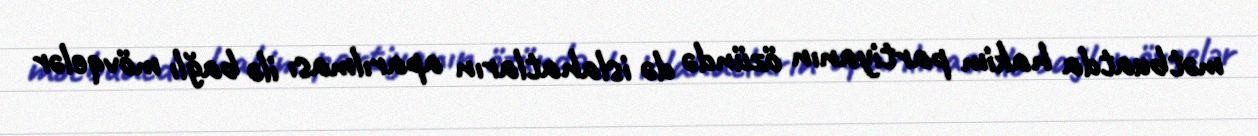
mətbuatda hakim partiyanın özündə də islahatların aparılması ilə bağlı mövqelər